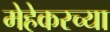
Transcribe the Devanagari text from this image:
मेहेकरच्या